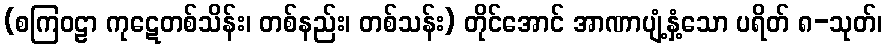
(စကြဝဠာ ကုဋေတစ်သိန်း၊ တစ်နည်း၊ တစ်သန်း) တိုင်အောင် အာဏာပျံ့နှံ့သော ပရိတ် ၈-သုတ်၊